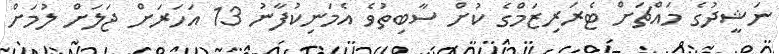
ނަޝީދުގެ މައްޗަށް ޓެރަރިޒަމްގެ ކުށް ސާބިތުވެ އެމަނިކުފާނު 13 އަހަރަށް ޖަލަށް ލުމަށް